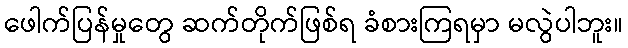
ဖေါက်ပြန်မှုတွေ ဆက်တိုက်ဖြစ်ရ ခံစားကြရမှာ မလွဲပါဘူး။